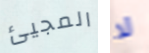
المجيئ لا